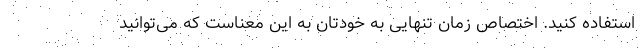
استفاده کنید. اختصاص زمان تنهایی به خودتان به این معناست که می‌توانید